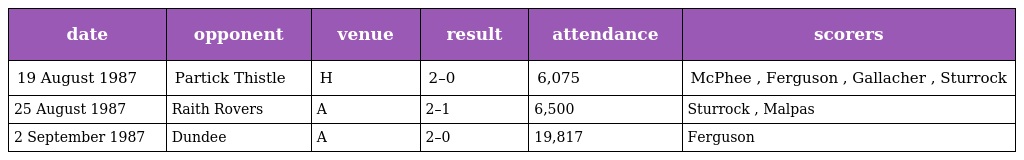
| date | opponent | venue | result | attendance | scorers |
 | --- | --- | --- | --- | --- | --- |
 | 19 August 1987 | Partick Thistle | H | 2–0 | 6,075 | McPhee , Ferguson , Gallacher , Sturrock |
 | 25 August 1987 | Raith Rovers | A | 2–1 | 6,500 | Sturrock , Malpas |
 | 2 September 1987 | Dundee | A | 2–0 | 19,817 | Ferguson |